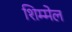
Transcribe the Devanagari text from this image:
शिम्मेल